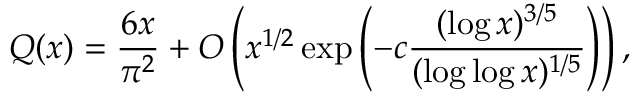
Q ( x ) = { \frac { 6 x } { \pi ^ { 2 } } } + O \left( x ^ { 1 / 2 } \exp \left( - c { \frac { ( \log x ) ^ { 3 / 5 } } { ( \log \log x ) ^ { 1 / 5 } } } \right) \right) ,